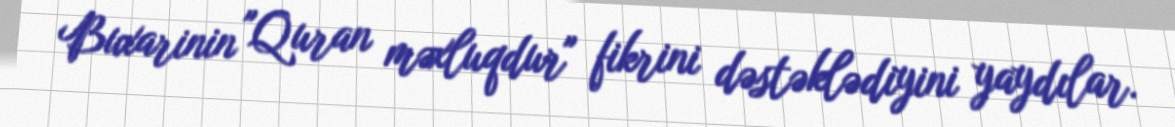
Buxarinin "Quran məxluqdur" fikrini dəstəklədiyini yaydılar.